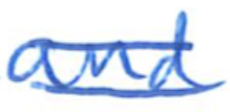
Text: and
Cross-out: mix
Writing tool: ballpoint